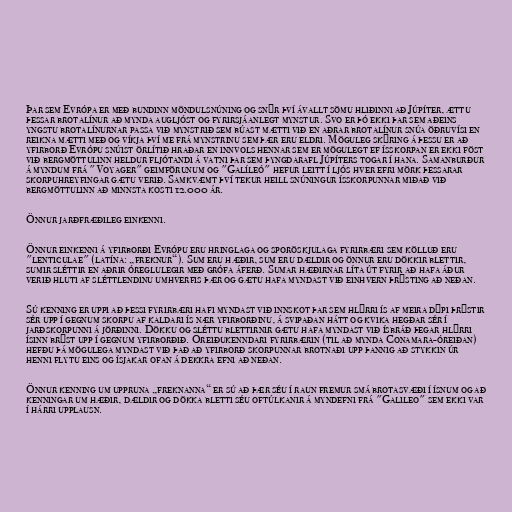
Þar sem Evrópa er með bundinn möndulsnúning og snýr því ávallt sömu hliðinni að Júpíter, ættu
þessar brotalínur að mynda augljóst og fyrirsjáanlegt mynstur. Svo er þó ekki þar sem aðeins
yngstu brotalínurnar passa við mynstrið sem búast mætti við en aðrar brotalínur snúa öðruvísi en
reikna mætti með og víkja því me frá mynstrinu sem þær eru eldri. Möguleg skýring á þessu er að
yfirborð Evrópu snúist örlítið hraðar en innvols hennar sem er mögulegt ef ísskorpan er ekki föst
við bergmöttulinn heldur fljótandi á vatni þar sem þyngdarafl Júpíters togar í hana. Samanburður
á myndum frá "Voyager" geimförunum og "Galíleó" hefur leitt í ljós hver efri mörk þessarar
skorpuhreyfingar gætu verið. Samkvæmt því tekur heill snúningur ísskorpunnar miðað við
bergmöttulinn að minnsta kosti 12.000 ár.

Önnur jarðfræðileg einkenni.

Önnur einkenni á yfirborði Evrópu eru hringlaga og sporöskjulaga fyrirbæri sem kölluð eru
"lenticulae" (latína: „freknur“). Sum eru hæðir, sum eru dældir og önnur eru dökkir blettir,
sumir sléttir en aðrir óreglulegir með grófa áferð. Sumar hæðirnar líta út fyrir að hafa áður
verið hluti af sléttlendinu umhverfis þær og gætu hafa myndast við einhvern þrýsting að neðan.

Sú kenning er uppi að þessi fyrirbæri hafi myndast við innskot þar sem hlýrri ís af meira dýpi þrýstir
sér upp í gegnum skorpu af kaldari ís nær yfirborðinu, á svipaðan hátt og kvika hegðar sér í
jarðskorpunni á jörðinni. Dökku og sléttu blettirnir gætu hafa myndast við ísbráð þegar hlýrri
ísinn brýst upp í gegnum yfirborðið. Óreiðukenndari fyrirbærin (til að mynda Conamara-óreiðan)
hefðu þá mögulega myndast við það að yfirborð skorpunnar brotnaði upp þannig að stykkin úr
henni flytu eins og ísjakar ofan á dekkra efni að neðan.

Önnur kenning um uppruna „freknanna“ er sú að þær séu í raun fremur smá brotasvæði í ísnum og að
kenningar um hæðir, dældir og dökka bletti séu oftúlkanir á myndefni frá "Galileo" sem ekki var
í hárri upplausn.